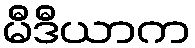
မီဒီယာက